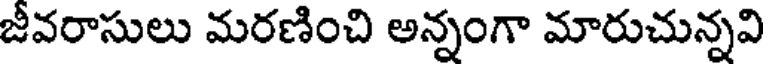
జీవరాసులు మరణించి అన్నంగా మారుచున్నవి